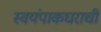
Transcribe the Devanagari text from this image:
स्वयंपाकघराची